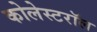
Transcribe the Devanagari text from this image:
कोलेस्टरॉल